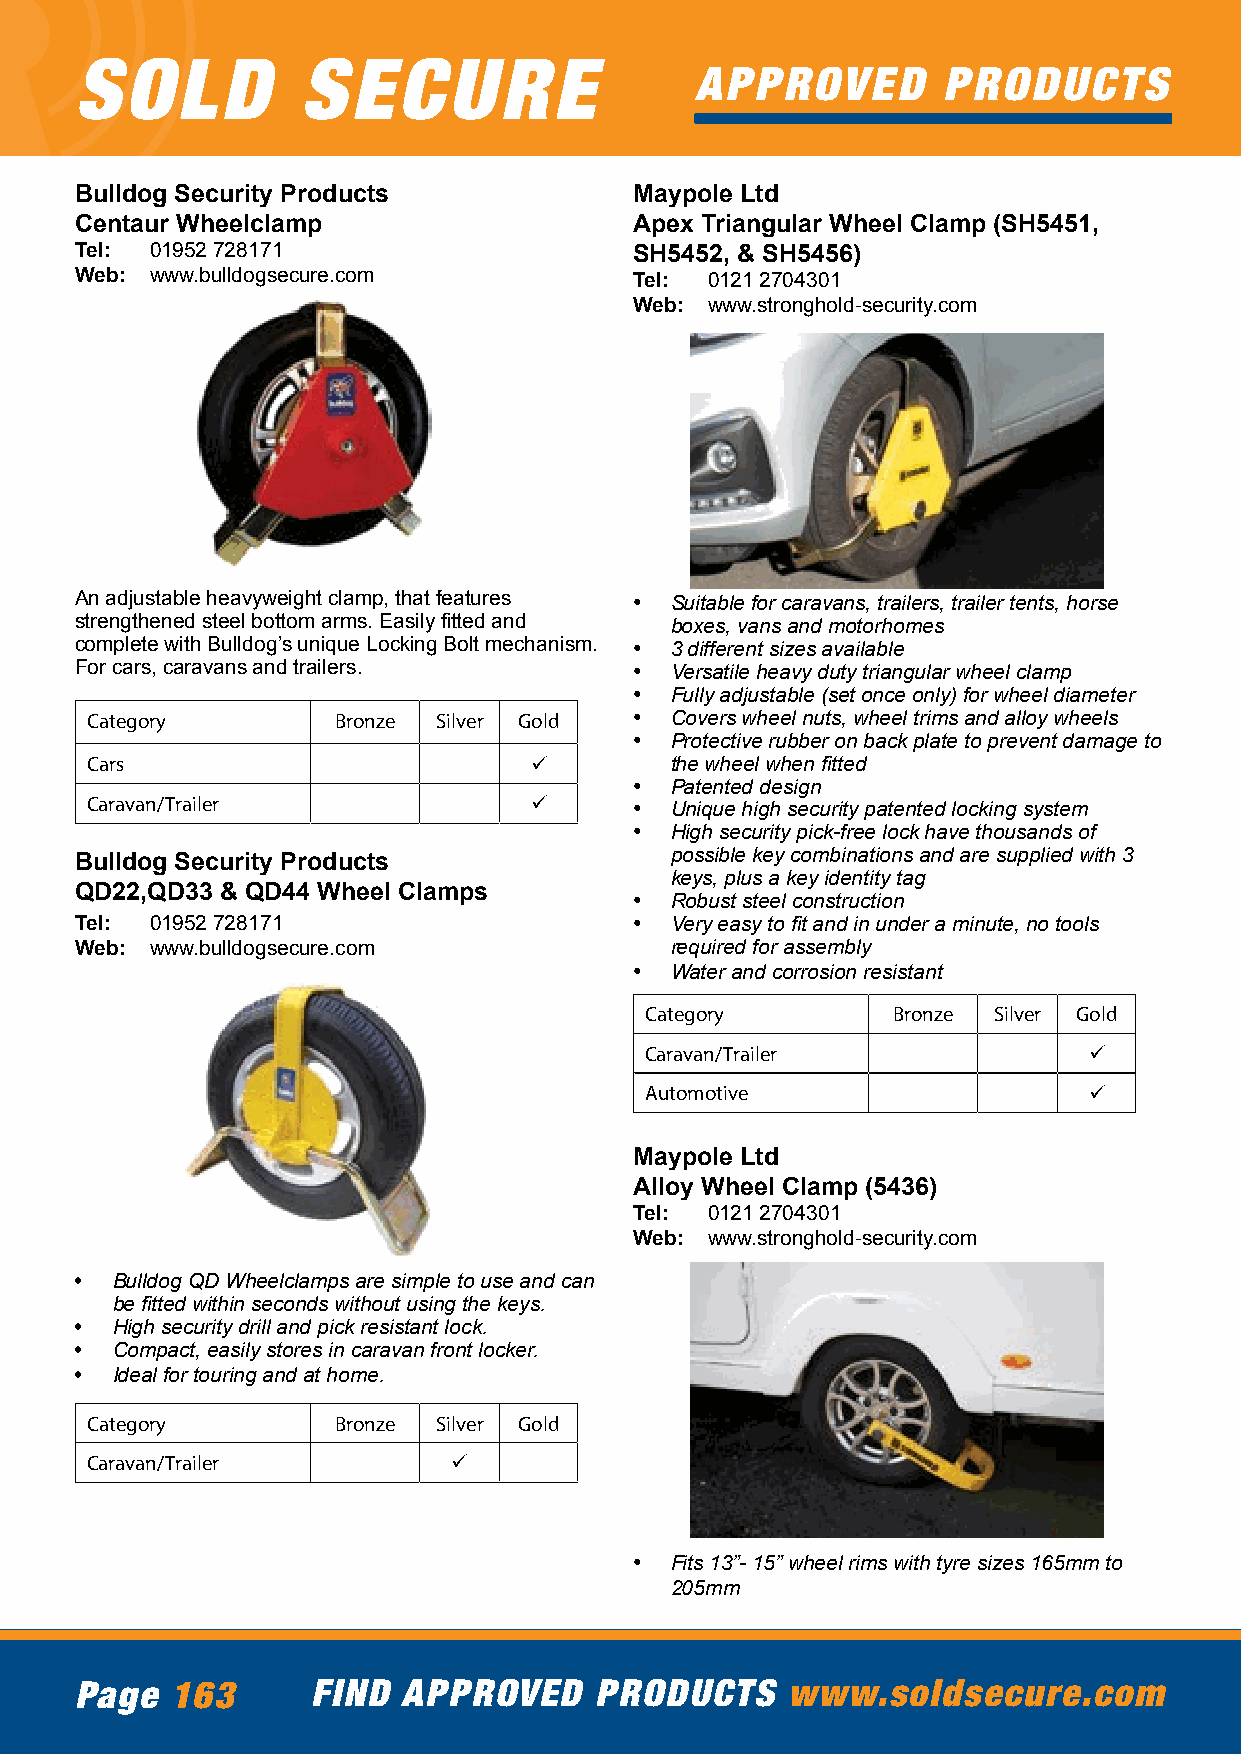
SOLD           SECURE
 APPROVED        PRODUCTS
 Bulldog Security Products            Maypole Ltd
 Centaur Wheelclamp                   Apex Triangular Wheel Clamp (SH5451,
 Tel: 01952 728171                    SH5452, & SH5456)
 Web: www.bulldogsecure.com           Tel: 0121 2704301
 Web: www.stronghold-security.com
 An adjustable heavyweight clamp, that features • Suitable for caravans, trailers, trailer tents, horse
 strengthened steel bottom arms. Easily fitted and boxes, vans and motorhomes
 complete with Bulldog’s unique Locking Bolt mechanism. • 3 different sizes available
 For cars, caravans and trailers.     • Versatile heavy duty triangular wheel clamp
 • Fully adjustable (set once only) for wheel diameter
 Category        Bronze Silver Gold  • Covers wheel nuts, wheel trims and alloy wheels
 • Protective rubber on back plate to prevent damage to
 Cars                         ü        the wheel when fitted
 • Patented design
 Caravan/Trailer              ü      • Unique high security patented locking system
 • High security pick-free lock have thousands of
 possible key combinations and are supplied with 3
 Bulldog Security Products
 keys, plus a key identity tag
 QD22,QD33 & QD44 Wheel Clamps        • Robust steel construction
 Tel: 01952 728171                    • Very easy to fit and in under a minute, no tools
 Web: www.bulldogsecure.com             required for assembly
 • Water and corrosion resistant
 Category        Bronze Silver Gold
 Caravan/Trailer              ü
 Automotive                   ü
 Maypole Ltd
 Alloy Wheel Clamp (5436)
 Tel: 0121 2704301
 Web: www.stronghold-security.com
 • Bulldog QD Wheelclamps are simple to use and can
 be fitted within seconds without using the keys.
 • High security drill and pick resistant lock.
 • Compact, easily stores in caravan front locker.
 • Ideal for touring and at home.
 Category        Bronze Silver Gold
 Caravan/Trailer         ü
 • Fits 13”- 15” wheel rims with tyre sizes 165mm to
 205mm
 Page  163       FIND  APPROVED    PRODUCTS     www.soldsecure.com